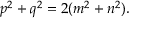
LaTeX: \displaystyle p ^ { 2 } + q ^ { 2 } = 2 ( m ^ { 2 } + n ^ { 2 } ) .